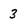
Character: 3